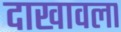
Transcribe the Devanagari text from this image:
दाखावला